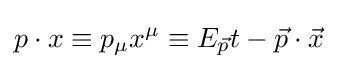
p\cdot x\equiv p_{\mu }x^{\mu }\equiv E_{\vec {p}}t-{\vec {p}}\cdot {\vec {x}}